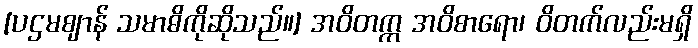
[ပဌမဈာန် သမာဓိကိုဆိုသည်။] အဝိတက္က အဝိစာရော၊ ဝိတက်လည်းမရှိ